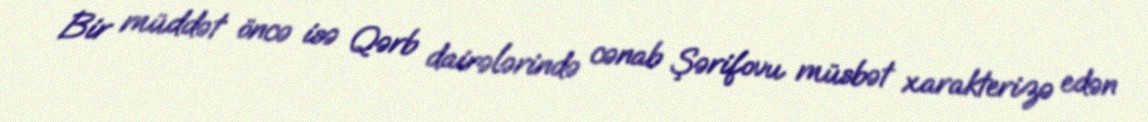
Bir müddət öncə isə Qərb dairələrində cənab Şərifovu müsbət xarakterizə edən